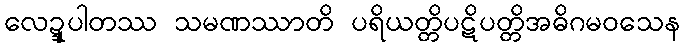
လေဍ္ဍုပါတဿ သမဏဿာတိ ပရိယတ္တိပဋိပတ္တိအဓိဂမဝသေန